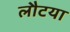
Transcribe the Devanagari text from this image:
लौटया